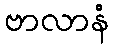
ဗာလာနံ